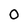
Character: 0